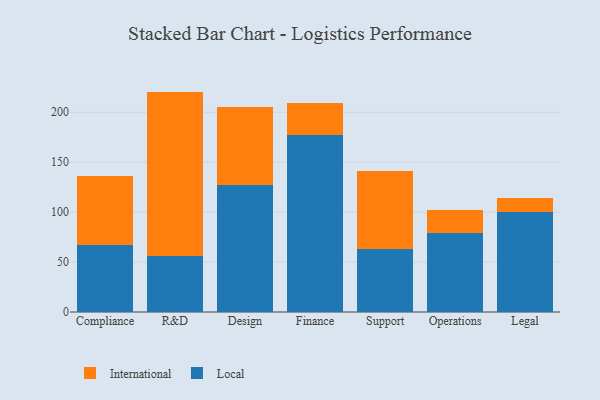
{"axis": {"x": "Department", "y": "Temperature (°C)"}, "legend": ["International", "Local"], "data": [{"x": "Compliance", "y": 66.9, "type": "Local"}, {"x": "Compliance", "y": 69.1, "type": "International"}, {"x": "R&D", "y": 55.8, "type": "Local"}, {"x": "R&D", "y": 164.9, "type": "International"}, {"x": "Design", "y": 127.0, "type": "Local"}, {"x": "Design", "y": 77.9, "type": "International"}, {"x": "Finance", "y": 176.8, "type": "Local"}, {"x": "Finance", "y": 32.6, "type": "International"}, {"x": "Support", "y": 63.5, "type": "Local"}, {"x": "Support", "y": 77.7, "type": "International"}, {"x": "Operations", "y": 79.6, "type": "Local"}, {"x": "Operations", "y": 22.3, "type": "International"}, {"x": "Legal", "y": 99.8, "type": "Local"}, {"x": "Legal", "y": 14.4, "type": "International"}]}